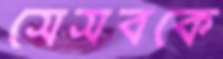
সেসবকে